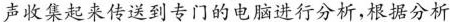
声收集起来传送到专门的电脑进行分析，根据分析